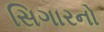
સિગારનો